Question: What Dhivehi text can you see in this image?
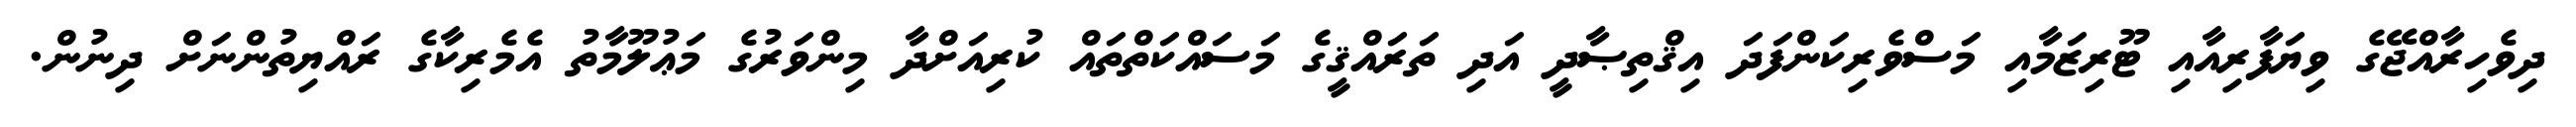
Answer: ދިވެހިރާއްޖޭގެ ވިޔަފާރިއާއި ޓޫރިޒަމާއި މަސްވެރިކަންފަދަ އިޤްތިޞާދީ އަދި ތަރައްޤީގެ މަސައްކަތްތައް ކުރިއަށްދާ މިންވަރުގެ މަޢުލޫމާތު އެމެރިކާގެ ރައްޔިތުންނަށް ދިނުން.